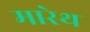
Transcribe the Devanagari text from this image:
मारेथ